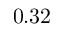
0 . 3 2